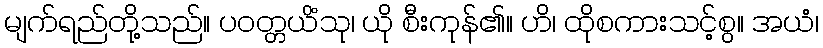
မျက်ရည်တို့သည်။ ပဝတ္တယိံသု၊ ယို စီးကုန်၏။ ဟိ၊ ထိုစကားသင့်စွ။ အယံ၊